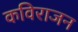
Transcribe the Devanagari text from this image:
कविराजन